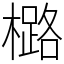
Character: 㯝